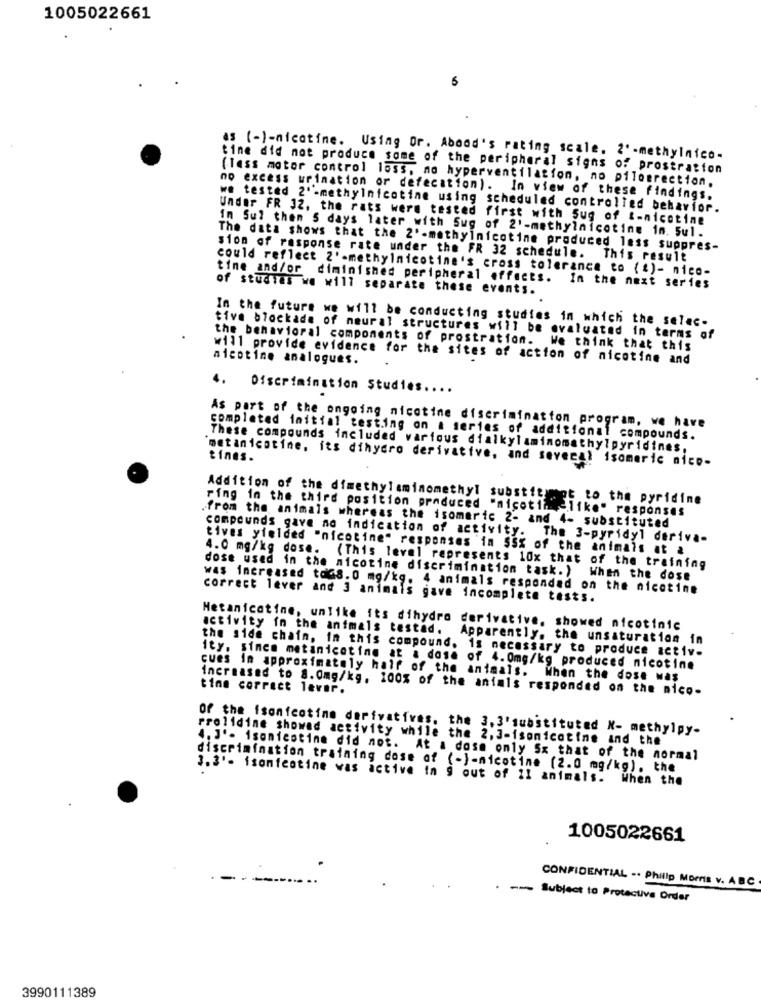
1005022661
as (-)-nicotine. Using Or. Abond's rating scale. 2'-methylnico-
tine did not produce some of the peripheral signs of prostration
(lass motor control loss, no hyperventilation, no piloerection.
no excess urination or defecation). In view of these findings.
we tested 2'-methylnicotine using scheduled controlled behavior.
Under FR 32, the rats were tested first with Sug of t-nicotine
In Sul then S days later with Sug of 2'-methylnicotine in. Sul.
The data shows that the 2'-methylnicotine produced less suppres-
sion of response rate under the FR 32 schedule. This result
could reflect 2'-methylnicotine's cross tolerance to (%)- nico-
tine and/or diminished peripheral effects. In the next series
of studies we will separate these events.
In the future we will be conducting studies in which the selec.
tive blockade of neural structures will be evaluated in terms of
the behavioral components of prostration. We think that this
nicotine analogues.
will provide evidence for the sites of action of nicotine and
4.
Discrimination Studies ....
As part of the ongoing nicotine discrimination program, we have
completed initial testing on a series of additional compounds.
These compounds included various dialkylaminomethylpyridines.
metanicotine, its dihydro derivative, and several isomeric nico-
tines.
Addition of the dimethylaminomethyl substitumet to the pyridine
ring in the third position produced "nicotinelike" responses
from the animals whereas the isomeric 2- and 4- substituted
compounds gave no indication of activity. The 3-pyridyl deriva-
tives yielded "nicotine" responses in $5% of the animals at &
4.0 mg/kg dose. (This level represents 10x that of the training
dose used in the nicotine discrimination task. ) When the dose
was increased toGs. 0 mg/kg. 4 animals responded on the nicotine
correct lever and 3 animais gave incomplete tests.
activity in the animals testad.
Hetanicotine, unlike its dihydro derivative, showed nicotinic
Apparently, the unsaturation in
the side chain, in this compound. is necessary to produce activ-
ity. since metanicotine at a dosa of 4.0mg/kg produced nicotine
cues in approximately half of the animals. When the dose was
increased to 8.0mg/kg. 100% of the animls responded on the nico-
tine correct lever.
Of the isonicotine derivatives, the 3,3'substituted N- methylpy-
rrolidine showed activity while the 2, 3-isonicotine and the
4. J'- isonicotine did not. At a dose only Sx that of the normal
discrimination training dose of (-)-nicotine (2.0 mg/kg), the
3. 3'- isonfentine was active in 9 out of 11 animals. When the
1005022661
CONFIDENTIAL .. Philip Morris V. ABC
-- Subject to Protective Order
3990111389